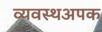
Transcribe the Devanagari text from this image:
व्यवस्थअपक